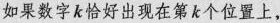
如果数字k恰好出现在第k个位置上，